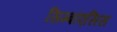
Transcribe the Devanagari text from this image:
सिम्बॉएसिस